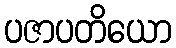
ပဇာပတိယော